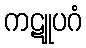
ကဋူပဂံ